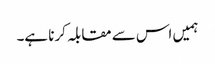
ہمیں اس سے مقابلہ کرنا ہے۔